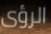
الرؤى